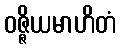
ဝဇ္ဇိယမာဟိတံ